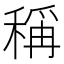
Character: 稱